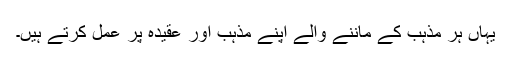
یہاں ہر مذہب کے ماننے والے اپنے مذہب اور عقیدہ پر عمل کرتے ہیں۔